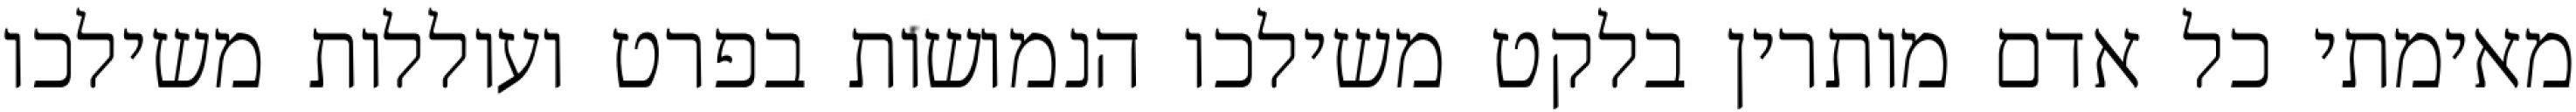
מאימתי כל אדם מותרין בלקט משילכו הנמושות בפרט ועוללות משילכו